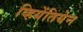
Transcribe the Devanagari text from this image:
व्हियेंतियेन